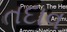
તદાવ